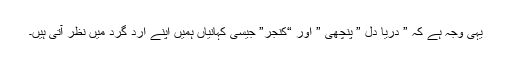
یہی وجہ ہے کہ ” دریا دل ” پنچھی ” اور “کنجر” جیسی کہانیاں ہمیں اپنے ارد گرد میں نظر آتی ہیں۔